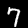
Digit: 7